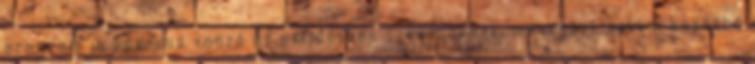
programja kevéssé vonzó az exfideszes szavazóknak, másrészt sokkal kevésbé